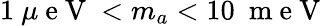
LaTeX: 1~\mu\mathrm{~e~V~}<m_{a}<10~\mathrm{~m~e~V~}